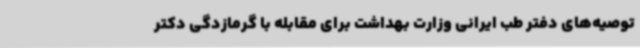
توصیه‌های دفتر طب ایرانی وزارت بهداشت برای مقابله با گرمازدگی دکتر